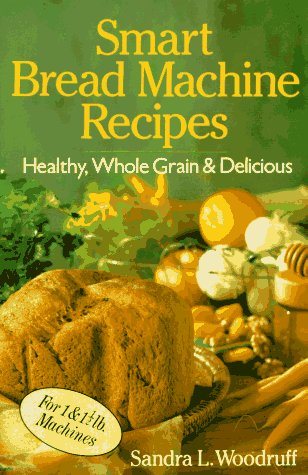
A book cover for Smart Bread Machine Recipes: Healthy, Whole Grain & Delicious; Sandra Woodruff; Cookbooks, Food & Wine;